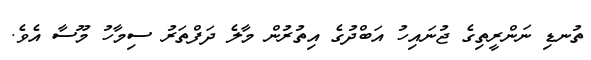
ތުނޑި ނަންރީތިގެ ޖުނައިހު އަބްދުގެ އިތުރުން މާލެ ދަފްތަރު ސިމާހު މޫސާ އެވެ.